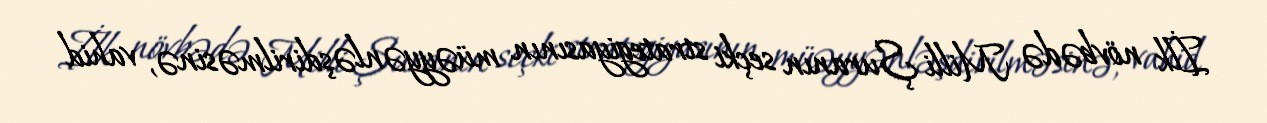
İlk növbədə Milli Şuranın seçki strategiyasının müəyyənləşdirilməsinə, vahid